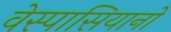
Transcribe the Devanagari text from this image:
वेस्पासियानो